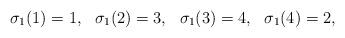
LaTeX: \begin{align*} \sigma_1(1) = 1, \ \ \sigma_1(2) = 3, \ \ \sigma_1(3) = 4, \ \ \sigma_1(4) = 2, \end{align*}